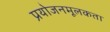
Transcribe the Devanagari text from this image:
प्रयोजनमूलकता